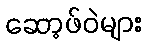
ဆော့ဖ်ဝဲများ